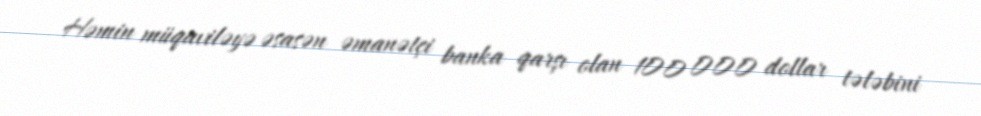
Həmin müqaviləyə əsasən əmanətçi banka qarşı olan 100 000 dollar tələbini